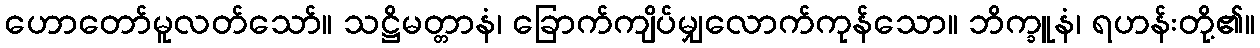
ဟောတော်မူလတ်သော်။ သဋ္ဌိမတ္တာနံ၊ ခြောက်ကျိပ်မျှလောက်ကုန်သော။ ဘိက္ခူနံ၊ ရဟန်းတို့၏။